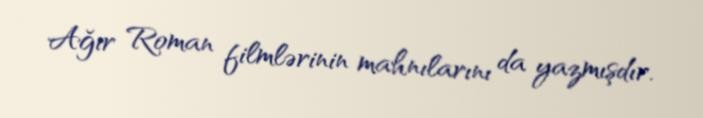
Ağır Roman filmlərinin mahnılarını da yazmışdır.